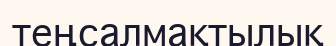
теңсалмақтылық